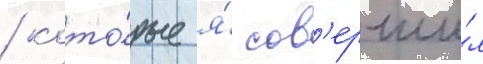
/ кото́рые я́ сов'ерши́л